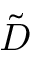
\tilde { D }